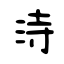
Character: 洔